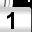
Digit: 1